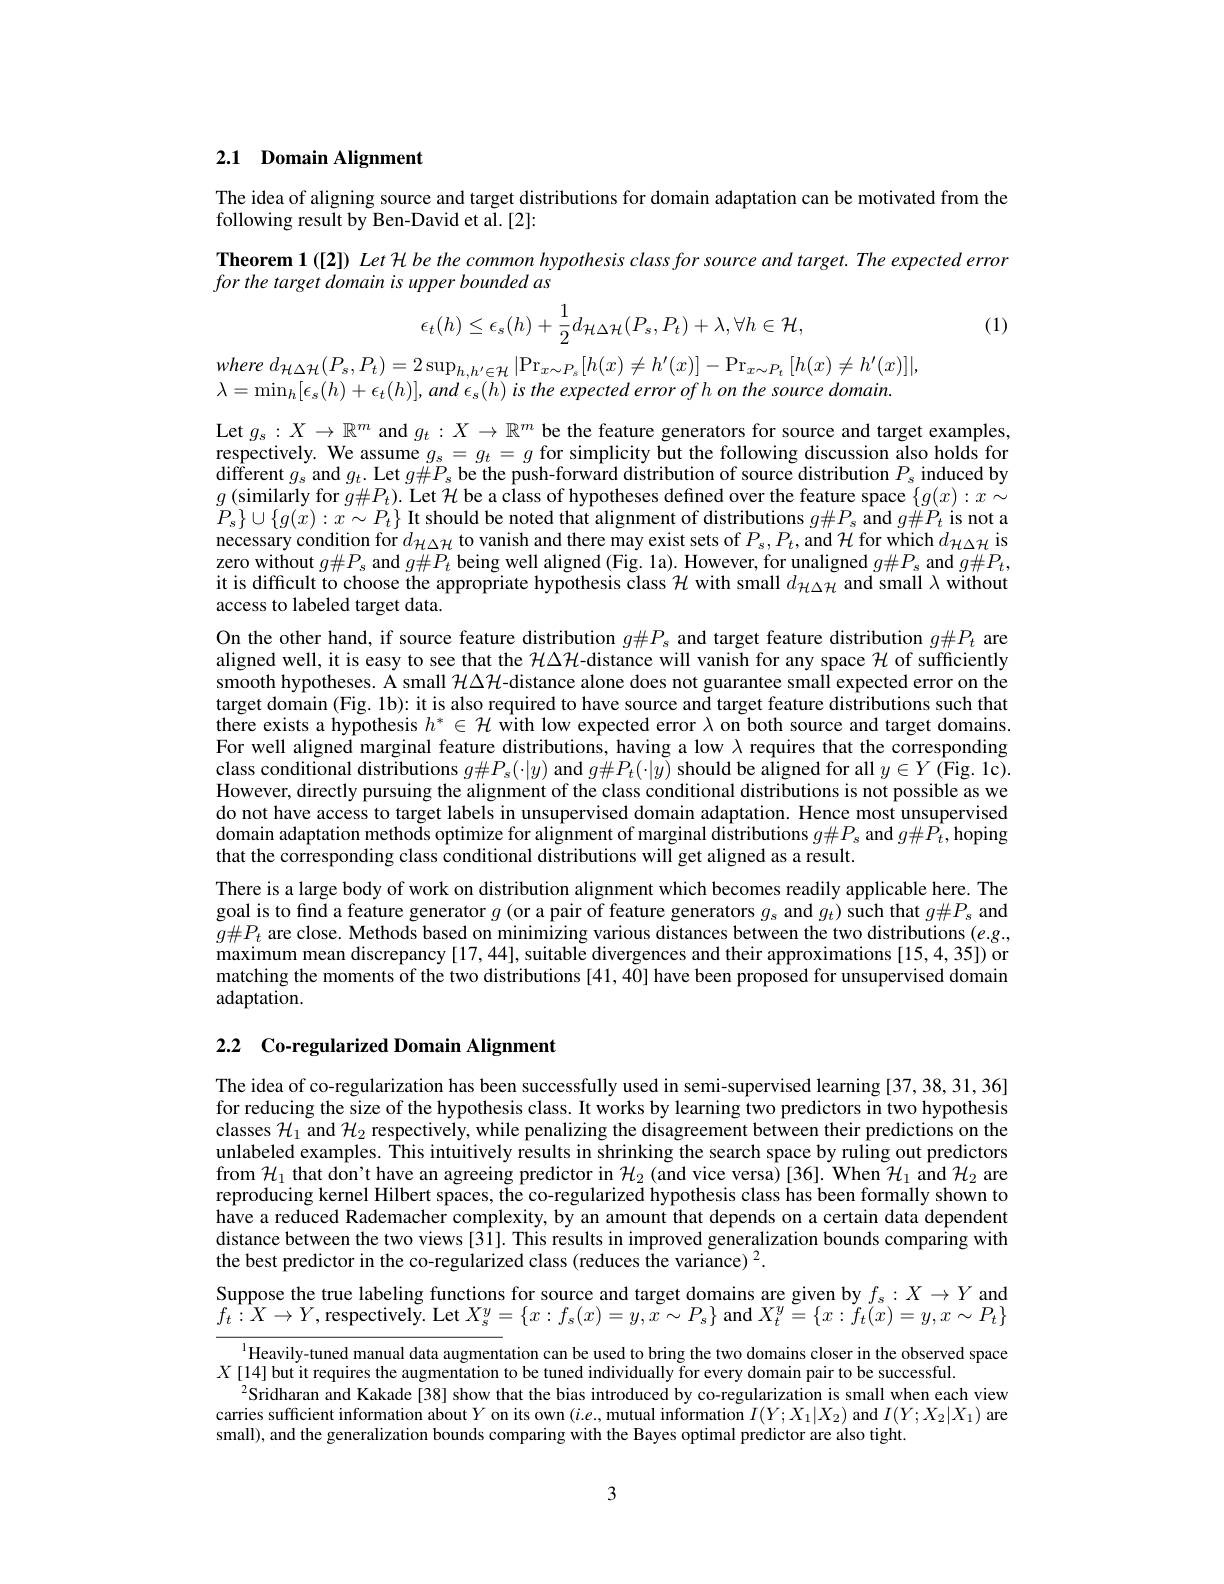
## 2.1 Domain Alignment

The idea of aligning source and target distributions for domain adaptation can be motivated from the
following result by Ben-David et al.[2]:

Theorem 1([2]) Let H be the common hypothesis class for source and target. The expected error
for the target domain is upper bounded as

(1)
$$\epsilon_t(h)\leq\epsilon_s(h)+\frac{1}{2}d_{\mathcal{H}\Delta\mathcal{H}}(P_s,P_t)+\lambda,\forall h\in\mathcal{H},$$
where $d_{\mathcal{H} \Delta \mathcal{H} }( P_{s}, P_{t}) = 2\sup _{h, h^{\prime }\in \mathcal{H} }| \Pr _{x\sim P_{s}}[ h( x) \neq h^{\prime }( x) ] - \Pr _{x\sim P_{t}}[ h( x) \neq h^{\prime }( x) ] | $,
$\lambda=\operatorname*{min}_{h}[\epsilon_{s}(h)+\epsilon_{t}(h)]$, and $\epsilon_{s}(h)$ is the expected error of h on the source domain.

Let $g_s:X\to\mathbb{R}^m$ and $g_t:X\to\mathbb{R}^m$ be the feature generators for source and target examples respectively. We assume $g_s=g_t=g$ for simplicity but the following discussion also holds for $\hat{\text{different }g_{s}}$ and $g_t.$ Let $g\#P_s$ be the push-forward distribution of source distribution $P_s$ induced by $g\left(\text{similarly for }g\#P_{t}\right).$ Let $\mathcal{H}$ be a class of hypotheses defined over the feature space $\{g(x):x\sim$ $P_{s}\}\cup\{g(x):x\sim P_{t}\}$ It should be noted that alignment of distributions $g\#P_{s}$ and $g\#P_{t}$ is not a necessary condition for $d_{\mathcal{H}\Delta\mathcal{H}}$ to vanish and there may exist sets of $P_s,P_t$, and $\mathcal{H}$ for which $d_{\mathcal{H}\Delta\mathcal{H}}$ is zero without $g\#P_s$ and $g\#P_t$ being well aligned (Fig. 1a). However, for unaligned $g\#P_s$ and $g\#P_t$, it is difficult to choose the appropriate hypothesis class $\mathcal{H}$ with small $d_{\mathcal{H}\Delta\mathcal{H}}$ and small $\lambda$ without access to labeled target data.
On the other hand, if source feature distribution $g\#P_s$ and target feature distribution $g\#P_t$ are aligned well, it is easy to see that the $\mathcal{H}\Delta\mathcal{H}$-distance will vanish for any space $\mathcal{H}$ of sufficiently smooth hypotheses. A small $\mathcal{H}\Delta\mathcal{H}$-distance alone does not guarantee small expected error on the target domain (Fig. 1b): it is also required to have source and target feature distributions such that there exists a hypothesis $h^*\in\mathcal{H}$ with low expected error $\lambda$ on both source and target domains For well aligned marginal feature distributions, having a low $\lambda$ requires that the corresponding class conditional distributions $g\#P_{s}(\cdot|y)$ and $g\#P_{t}(\cdot|y)$ should be aligned for all $y\in Y(\hat{\mathrm{Fig.1c}}).$ However, directly pursuing the alignment of the class conditional distributions is not possible as we do not have access to target labels in unsupervised domain adaptation. Hence most unsupervised domain adaptation metho$\tilde{\text{ds optimize for alignment of marginal distributions }g\#P_s\mathrm{~and~}g\#\hat{P_t},\tilde{\text{hoping}}}$ that the corresponding class conditional distributions will get aligned as a result.
There is a large body of work on distribution alignment which becomes readily applicable here. The goal is to find a feature generator $g$ (or a pair of feature generators $g_s$ and $g_t)$ such that $g\#P_s$ and $g\#P_{t}$ are close. Methods based on minimizing various distances between the two distributions $(e.g.$, maximum mean discrepancy [17,44], suitable divergences and their approximations [15,4,35]) or matching the moments of the two distributions [41,40] have been proposed for unsupervised domain adaptation.

## 2.2 Co-regularized Domain Alignment

The idea of co-regularization has been successfully used in semi-supervised learning [37,38,31,36] for reducing the size of the hypothesis class. It works by learning two predictors in two hypothesis classes $\mathcal{H}_1$ and $\mathcal{H}_2$ respectively, while penalizing the disagreement between their predictions on the unlabeled examples. This intuitively results in shrinking the search space by ruling out predictors from $\mathcal{H}_1$ that don't have an agreeing predictor in $\mathcal{H}_2$ (and vice versa)[36]. When $\mathcal{H}_1$ and $\mathcal{H}_2$ are reproducing kernel Hilbert spaces, the co-regularized hypothesis class has been formally shown to have a reduced Rademacher complexity, by an amount that depends on a certain data dependent distance between the two views [31]. This results in improved generalization bounds comparing with the best predictor in the co-regularized class (reduces the variance) $^2.$

Suppose the true labeling functions for source and target domains are given by $f_s:X\to Y$ and $f_{t}:\hat{X}\to Y$,respectively. Let $X_s^y=\{x:f_{s}(x)=y,\tilde{x}\sim P_{s}\}$ and $X_t^y=\{x:f_{t}(x)=y,x\sim P_{t}\}$

$^{1}$Heavily-tuned manual data augmentation can be used to bring the two domains closer in the observed space
$X$ [14] but it requires the augmentation to be tuned individually for every domain pair to be successful.
$^{2}$Sridharan and Kakade[38] show that the bias introduced by co-regularization is small when each view carries sufficient information about$Y$ on its own $(i.e.$,mutual information $I(Y;X_1|X_2)$ and $I(Y;X_2|X_1)$ are small), and the generalization bounds comparing with the Bayes optimal predictor are also tight

3